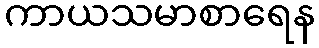
ကာယသမာစာရေန